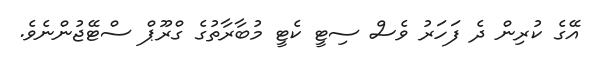
އޭގެ ކުރިން ދެ ފަހަރު ވެސް ސިޓީ ކެޓީ މުބާރާތުގެ ގްރޫޕް ސްޓޭޖުންނެވެ.